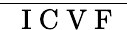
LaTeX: \overline{{\mathrm{~\textit~{~I~C~V~F~}~}}}